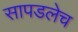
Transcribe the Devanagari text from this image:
सापडलेच